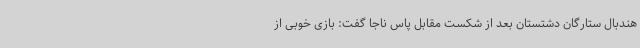
هندبال ستارگان دشتستان بعد از شکست مقابل پاس ناجا گفت: بازی خوبی از